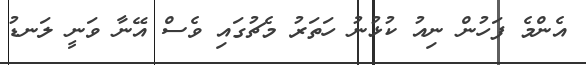
އެންމެ ފަހުން ނިއު ކުޅުނު ހަތަރު މެޗުގައި ވެސް އޭނާ ވަނީ ލަނޑު